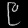
Digit: ၉